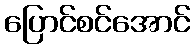
ပြောင်စင်အောင်